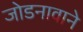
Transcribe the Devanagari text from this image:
जोडनावाने